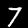
Digit: 7